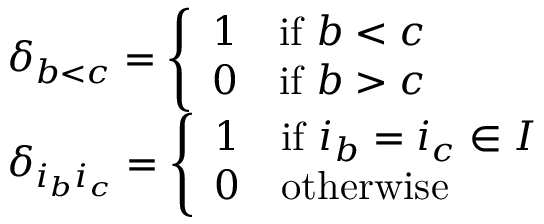
\begin{array} { r l } & { \delta _ { b < c } = \left\{ \begin{array} { l l } { 1 } & { \mathrm { i f ~ } b < c } \\ { 0 } & { \mathrm { i f ~ } b > c } \end{array} \right. } \\ & { \delta _ { i _ { b } i _ { c } } = \left\{ \begin{array} { l l } { 1 } & { \mathrm { i f ~ } i _ { b } = i _ { c } \in I } \\ { 0 } & { \mathrm { o t h e r w i s e } } \end{array} \right. } \end{array}